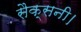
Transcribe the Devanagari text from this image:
सैक्सनी।